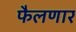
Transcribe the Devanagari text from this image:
फैलणार